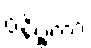
ဝနိဗ္ဗကာ